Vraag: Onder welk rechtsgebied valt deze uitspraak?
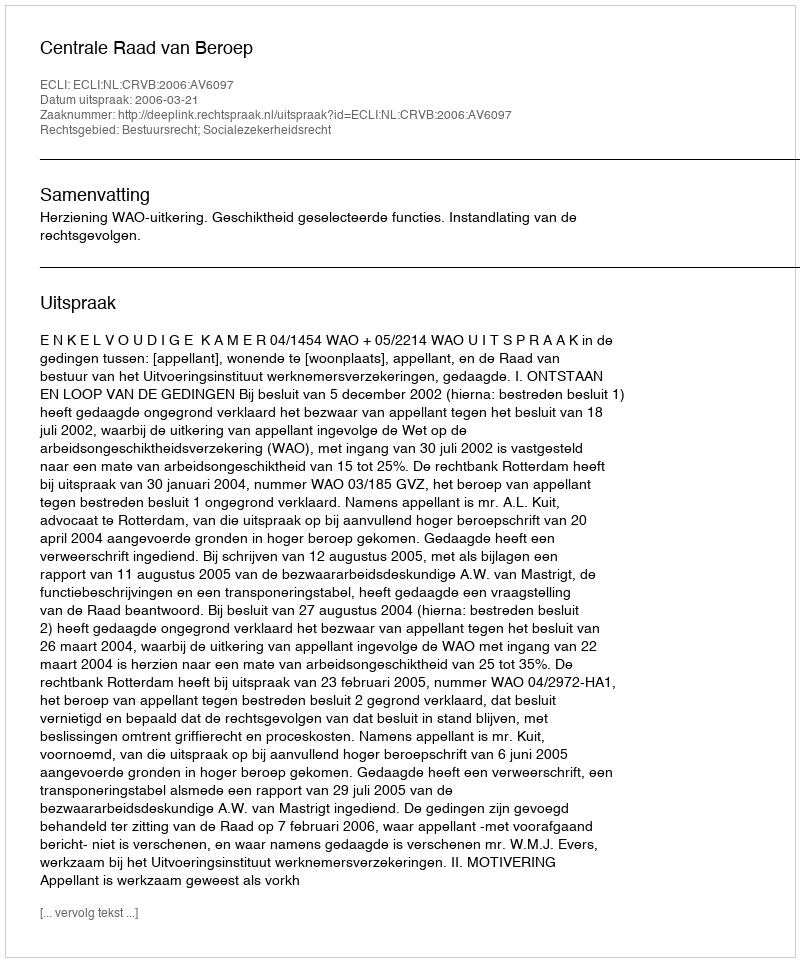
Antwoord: Bestuursrecht; Socialezekerheidsrecht